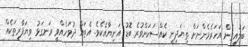
ބަލައިގެން އަހަރެމެންނަށް ތިޔަދިނީ ކެއްސަކަށްވުރެ ބޮޑު އަނިޔާއެކެވެ. އެތައް ދުވަހެއްވީ ރަނގަޅު ވިޔަފާރިތަކެއް